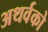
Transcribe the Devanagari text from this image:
अथर्वको